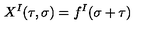
X ^ { I } ( \tau , \sigma ) = f ^ { I } ( \sigma + \tau )